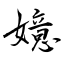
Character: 嬑